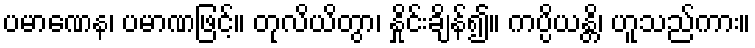
ပမာဏေန၊ ပမာဏဖြင့်။ တုလိယိတွာ၊ နှိုင်းချိန်၍။ ကပ္ပိယန္တိ၊ ဟူသည်ကား။